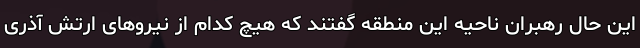
این حال رهبران ناحیه این منطقه گفتند که هیچ کدام از نیروهای ارتش آذری